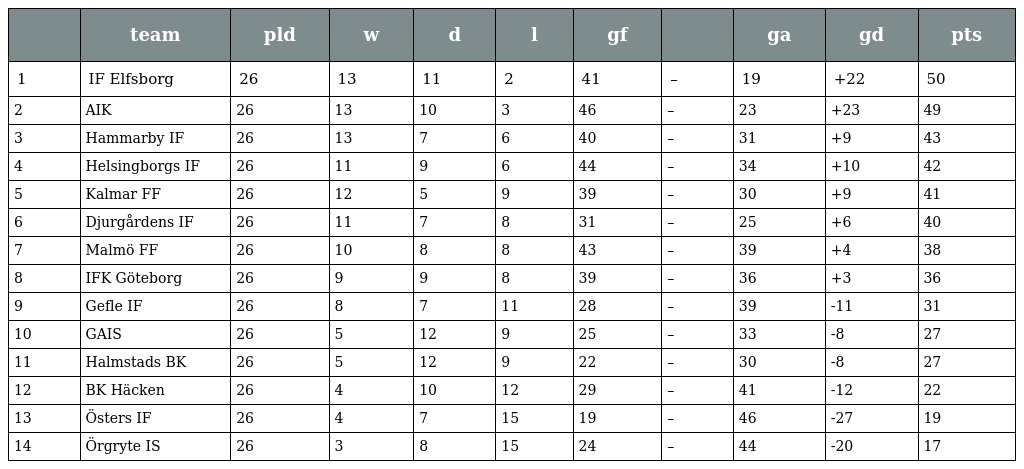
|  | team | pld | w | d | l | gf |  | ga | gd | pts |
 | --- | --- | --- | --- | --- | --- | --- | --- | --- | --- | --- |
 | 1 | IF Elfsborg | 26 | 13 | 11 | 2 | 41 | – | 19 | +22 | 50 |
 | 2 | AIK | 26 | 13 | 10 | 3 | 46 | – | 23 | +23 | 49 |
 | 3 | Hammarby IF | 26 | 13 | 7 | 6 | 40 | – | 31 | +9 | 43 |
 | 4 | Helsingborgs IF | 26 | 11 | 9 | 6 | 44 | – | 34 | +10 | 42 |
 | 5 | Kalmar FF | 26 | 12 | 5 | 9 | 39 | – | 30 | +9 | 41 |
 | 6 | Djurgårdens IF | 26 | 11 | 7 | 8 | 31 | – | 25 | +6 | 40 |
 | 7 | Malmö FF | 26 | 10 | 8 | 8 | 43 | – | 39 | +4 | 38 |
 | 8 | IFK Göteborg | 26 | 9 | 9 | 8 | 39 | – | 36 | +3 | 36 |
 | 9 | Gefle IF | 26 | 8 | 7 | 11 | 28 | – | 39 | -11 | 31 |
 | 10 | GAIS | 26 | 5 | 12 | 9 | 25 | – | 33 | -8 | 27 |
 | 11 | Halmstads BK | 26 | 5 | 12 | 9 | 22 | – | 30 | -8 | 27 |
 | 12 | BK Häcken | 26 | 4 | 10 | 12 | 29 | – | 41 | -12 | 22 |
 | 13 | Östers IF | 26 | 4 | 7 | 15 | 19 | – | 46 | -27 | 19 |
 | 14 | Örgryte IS | 26 | 3 | 8 | 15 | 24 | – | 44 | -20 | 17 |